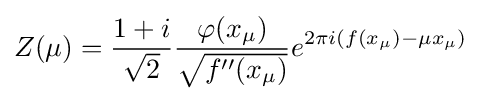
Z(\mu )={\frac {1+i}{\sqrt {2}}}{\frac {\varphi (x_{\mu })}{\sqrt {f''(x_{\mu })}}}e^{2\pi i(f(x_{\mu })-\mu x_{\mu })}\